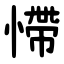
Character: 㦅